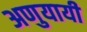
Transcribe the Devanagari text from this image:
अणुयायी